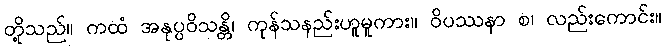
တို့သည်။ ကထံ အနုပ္ပဝိသန္တိ၊ ကုန်သနည်းဟူမူကား။ ဝိပဿနာ စ၊ လည်းကောင်း။